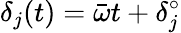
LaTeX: \delta_{j}(t)=\bar{\omega}t+\delta_{j}^{\circ}